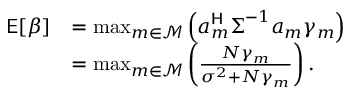
\begin{array} { r l } { \mathsf { E } [ \beta ] } & { = \operatorname* { m a x } _ { m \in \mathcal { M } } \left( \boldsymbol { a } _ { m } ^ { \sf H } \boldsymbol { \Sigma } ^ { - 1 } \boldsymbol { a } _ { m } \gamma _ { m } \right) } \\ & { = \operatorname* { m a x } _ { m \in \mathcal { M } } \left( \frac { N \gamma _ { m } } { \sigma ^ { 2 } + N \gamma _ { m } } \right) . } \end{array}